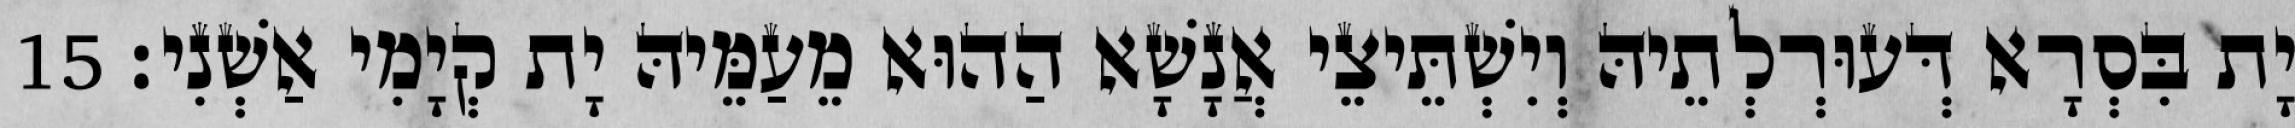
יָת בִּסְרָא דְּעוּרְלְתֵיהּ וְיִשְׁתֵּיצֵי אֲנָשָׁא הַהוּא מֵעַמֵּיהּ יָת קְיָמִי אַשְׁנִי׃ 15